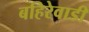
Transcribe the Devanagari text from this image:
बहिरेवाडी